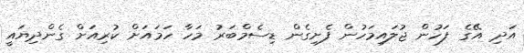
އަދި އޭގެ ފަހުން ޖުލައިމަހުން ފެށިގެން ޑިސެމްބަރު މަހާ ހަމައަށް ކުރިއަށް ގެންދިޔައީ